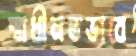
স্বাধীনতভাবে